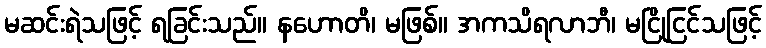
မဆင်းရဲသဖြင့် ရခြင်းသည်။ နဟောတိ၊ မဖြစ်။ အကသိရလာဘီ၊ မငြိုငြင်သဖြင့်